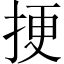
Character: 挭